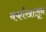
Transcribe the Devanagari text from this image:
बर्फाखालून